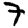
Digit: 7